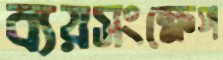
ব্যয়সংক্ষেপ